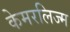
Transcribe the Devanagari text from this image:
केमरलिज्म